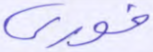
فوري